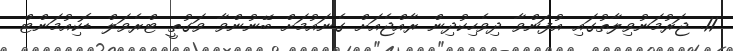
11. ޖަރުމަނުވިލާތުގައި އުފަންވާ ދިވެހިކުދިން ރާއްޖެއަށް ގެނައުމަށް ބޭނުންވާ ވަގުތީ ޓްރެވަލް ޑޮކިއުމަންޓް